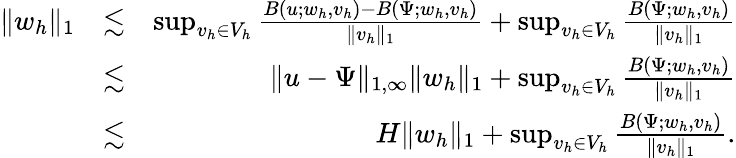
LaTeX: \begin{array}{rlr}{\| w_{h}\| _{1}}&{\lesssim}&{\operatorname*{sup}_{v_{h}\in V_{h}}\frac{B(u;w_{h},v_{h})-B\left(\Psi;w_{h},v_{h}\right)}{\| v_{h}\| _{1}}+\operatorname*{sup}_{v_{h}\in V_{h}}\frac{B\left(\Psi;w_{h},v_{h}\right)}{\| v_{h}\| _{1}}}\\ &{\lesssim}&{\| u-\Psi\| _{1,\infty}\| w_{h}\| _{1}+\operatorname*{sup}_{v_{h}\in V_{h}}\frac{B\left(\Psi;w_{h},v_{h}\right)}{\| v_{h}\| _{1}}}\\ &{\lesssim}&{H\| w_{h}\| _{1}+\operatorname*{sup}_{v_{h}\in V_{h}}\frac{B\left(\Psi;w_{h},v_{h}\right)}{\| v_{h}\| _{1}}.}\end{array}